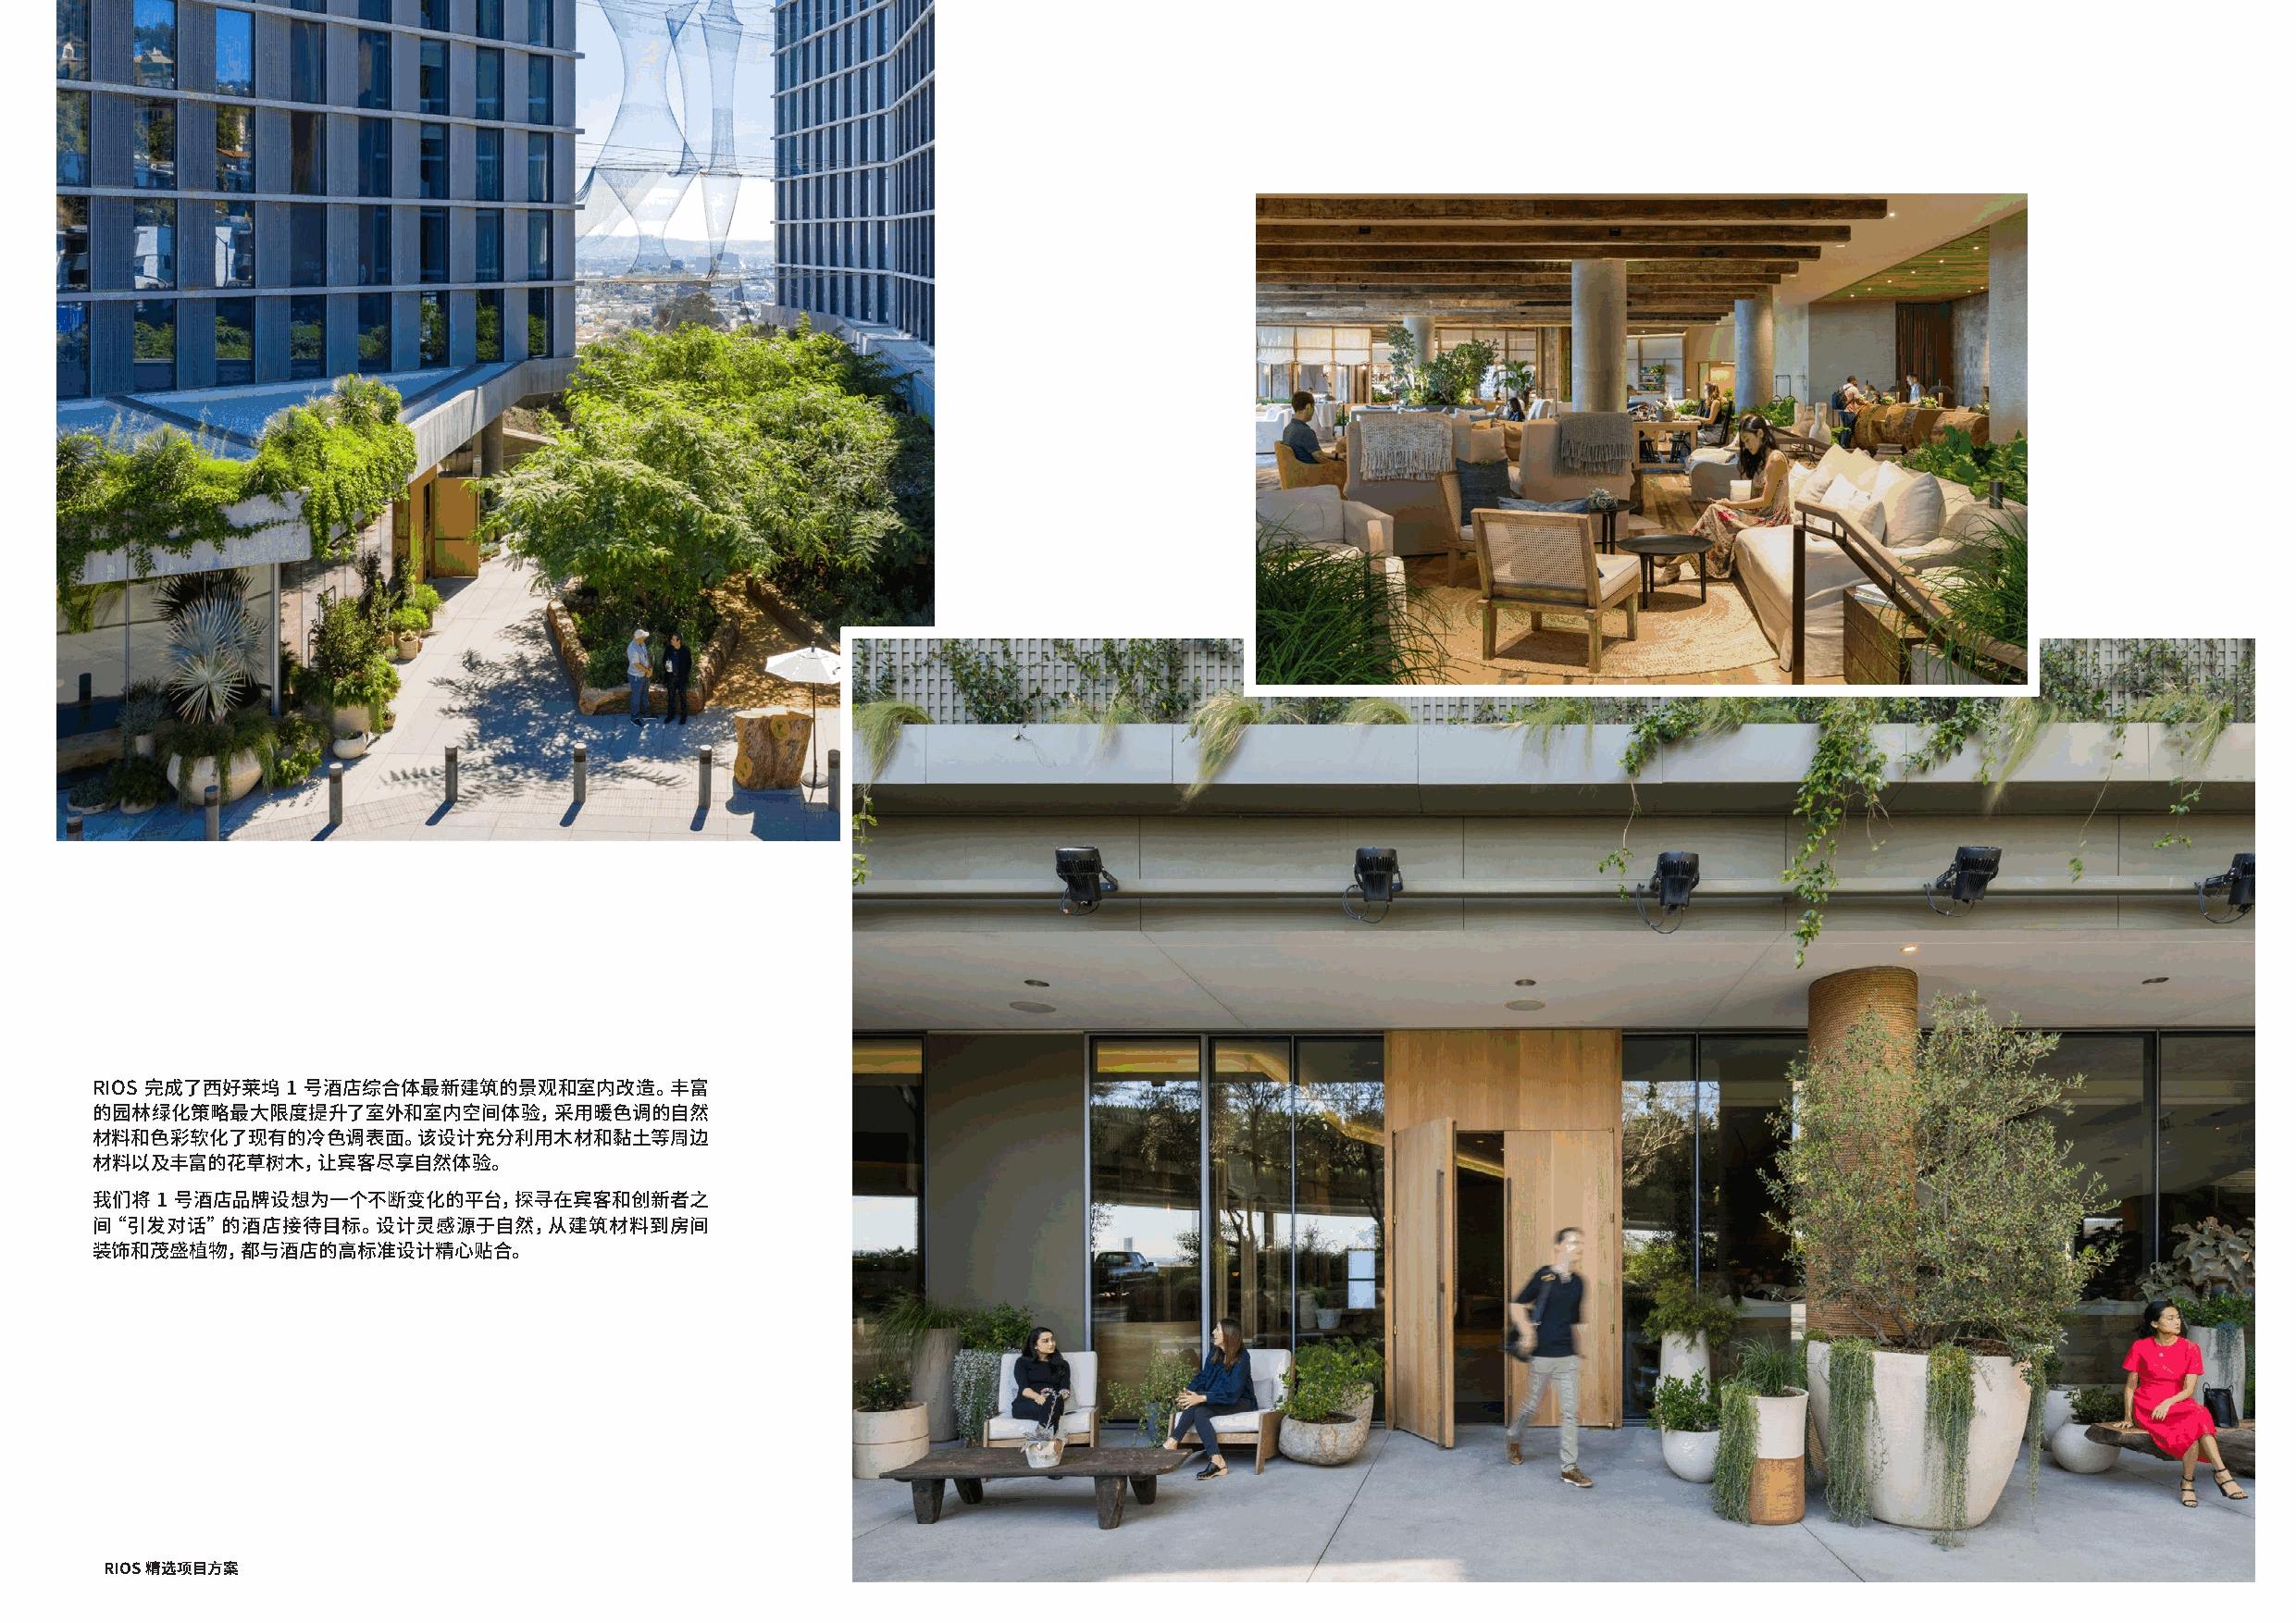
RIOS 完成了西好莱坞 1 号酒店综合体最新建筑的景观和室内改造。丰富
 的园林绿化策略最大限度提升了室外和室内空间体验，采用暖色调的自然
 材料和色彩软化了现有的冷色调表面。该设计充分利用木材和黏土等周边
 材料以及丰富的花草树木，让宾客尽享自然体验。
 我们将 1 号酒店品牌设想为一个不断变化的平台，探寻在宾客和创新者之
 间“引发对话”的酒店接待目标。设计灵感源于自然，从建筑材料到房间
 装饰和茂盛植物，都与酒店的高标准设计精心贴合。
 RIOS 精选项目方案                                                                                                                                 RIOS 精选项目方案